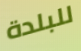
للبلدة